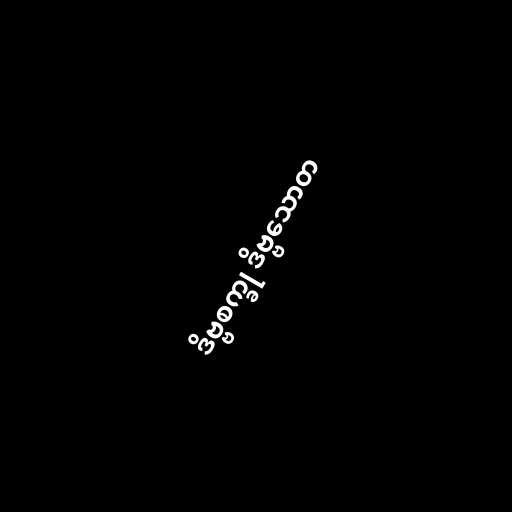
ဒိဗ္ဗစက္ခု ဒိဗ္ဗသောတ